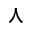
\curlywedge